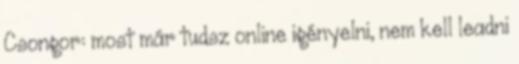
Csongor: most már tudsz online igényelni, nem kell leadni